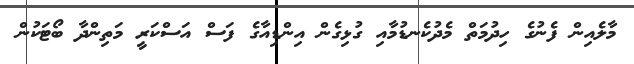
މާލެއިން ފެނުގެ ހިދުމަތް މެދުކެނޑުމާއި ގުޅިގެން އިންޑިއާގެ ފަސް އަސްކަރީ މަތިންދާ ބޯޓަކުން